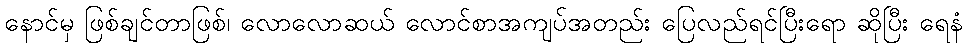
နောင်မှ ဖြစ်ချင်တာဖြစ်၊ လောလောဆယ် လောင်စာအကျပ်အတည်း ပြေလည်ရင်ပြီးရော ဆိုပြီး ရေနံ